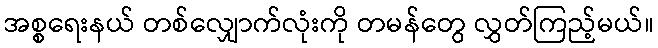
အစ္စရေးနယ် တစ်လျှောက်လုံးကို တမန်တွေ လွှတ်ကြည့်မယ်။